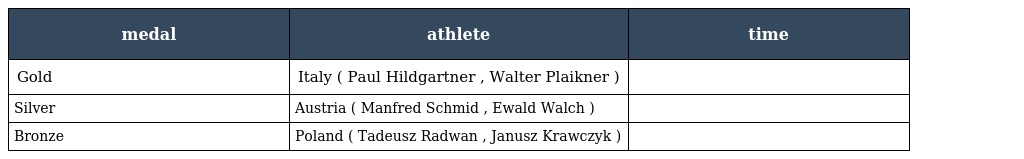
| medal | athlete | time |
 | --- | --- | --- |
 | Gold | Italy ( Paul Hildgartner , Walter Plaikner ) |  |
 | Silver | Austria ( Manfred Schmid , Ewald Walch ) |  |
 | Bronze | Poland ( Tadeusz Radwan , Janusz Krawczyk ) |  |